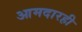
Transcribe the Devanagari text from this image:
आमदारही